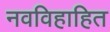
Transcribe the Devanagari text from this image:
नवविहाहित